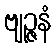
ဗျဉ္ဇနံ